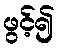
ဖွင့်၍